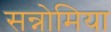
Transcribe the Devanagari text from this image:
सन्नोमिया